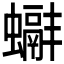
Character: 𧓞